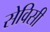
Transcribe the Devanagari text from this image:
सेविसी